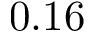
0 . 1 6